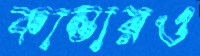
কান্তারও